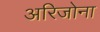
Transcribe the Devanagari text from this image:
अरिजोना